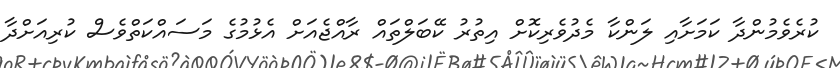
ކުރެވެމުންދާ ކަމަށާއި ލަންކާ މެދުވެރިކޮށް އިތުރު ކޭބަލްތައް ރާއްޖެއަށް އެޅުމުގެ މަސައްކަތްވެސް ކުރިއަށްދާ